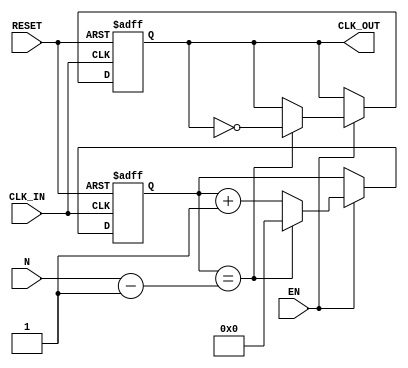
module clock_divider (
    input wire CLK_IN,      // Input clock signal
    input wire RESET,       // Reset signal
    input wire EN,          // Enable signal
    input wire [31:0] N,    // Division factor (should be a positive integer)
    output reg CLK_OUT      // Output divided clock signal
);

    reg [31:0] counter;     // Counter to keep track of clock cycles

    // Initial block to set initial values
    initial begin
        counter = 0;
        CLK_OUT = 0;
    end

    // Always block triggered on the rising edge of the input clock
    always @(posedge CLK_IN or posedge RESET) begin
        if (RESET) begin
            counter <= 0;    // Reset the counter
            CLK_OUT <= 0;    // Reset the output clock
        end else if (EN) begin
            if (counter == (N - 1)) begin
                counter <= 0; // Reset counter
                CLK_OUT <= ~CLK_OUT; // Toggle output clock
            end else begin
                counter <= counter + 1; // Increment counter
            end
        end
    end

endmodule